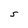
Character: S